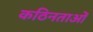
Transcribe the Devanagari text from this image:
कठिनताओं